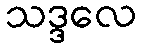
သဒ္ဒလေ